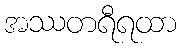
အဿတရီရထာ